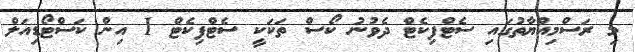
މި ރަސްމިއްޔާތުގައި ސެޓްފިކެޓް ދެވުނު ކޯސް ތަކަކީ ސެޓްފިކެޓް 1 އިން ކަސްޓޯޑިއަލް